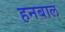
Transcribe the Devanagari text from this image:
हनबाल